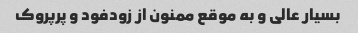
بسیار عالی و به موقع ممنون از زودفود و پرپروک